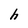
Character: h